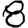
Digit: 8